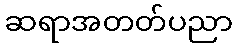
ဆရာအတတ်ပညာ